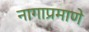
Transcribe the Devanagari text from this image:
नागाप्रमाणे